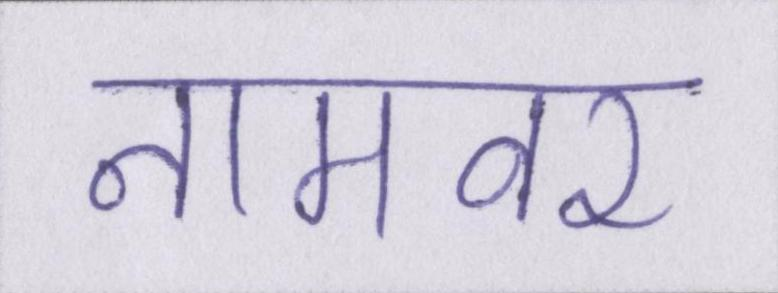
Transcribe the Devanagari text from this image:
नामवर